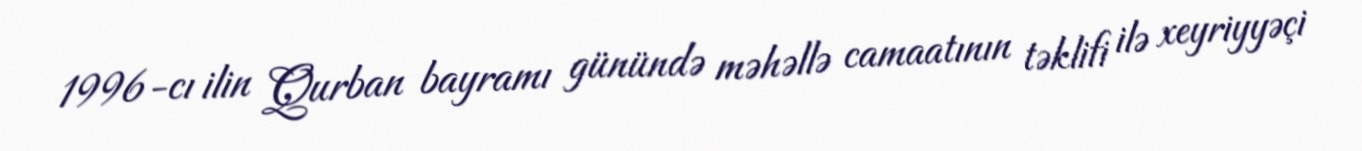
1996-cı ilin Qurban bayramı günündə məhəllə camaatının təklifi ilə xeyriyyəçi